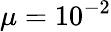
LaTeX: \mu=10^{-2}